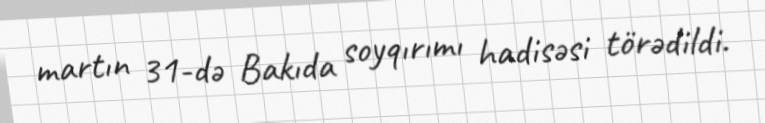
martın 31-də Bakıda soyqırımı hadisəsi törədildi.